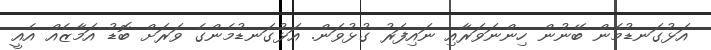
އަޅުގަނޑުމެން ބޭނުން ހިންނަވަރާއި ނައިފަރު ގުޅުވަން. އަޅުގަނޑުމެންގެ ވަރަށް ބޮޑު އަމާޒެއް އެއީ